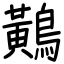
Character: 鷬